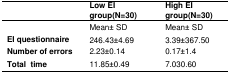
<table><thead><tr><td></td><td><b>Low EI group(N=30)</b></td><td><b>High EI group(N=30)</b></td></tr></thead><tbody><tr><td></td><td>Mean± SD</td><td>Mean± SD</td></tr><tr><td><b>EI questionnaire</b></td><td>246.43±4.69</td><td>3.39±367.50</td></tr><tr><td><b>Number of errors</b></td><td>2.23±0.14</td><td>0.17±1.4</td></tr><tr><td><b>Total time</b></td><td>11.85±0.49</td><td>7.030.60</td></tr></tbody></table>